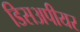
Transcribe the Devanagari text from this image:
डिसअपीयर